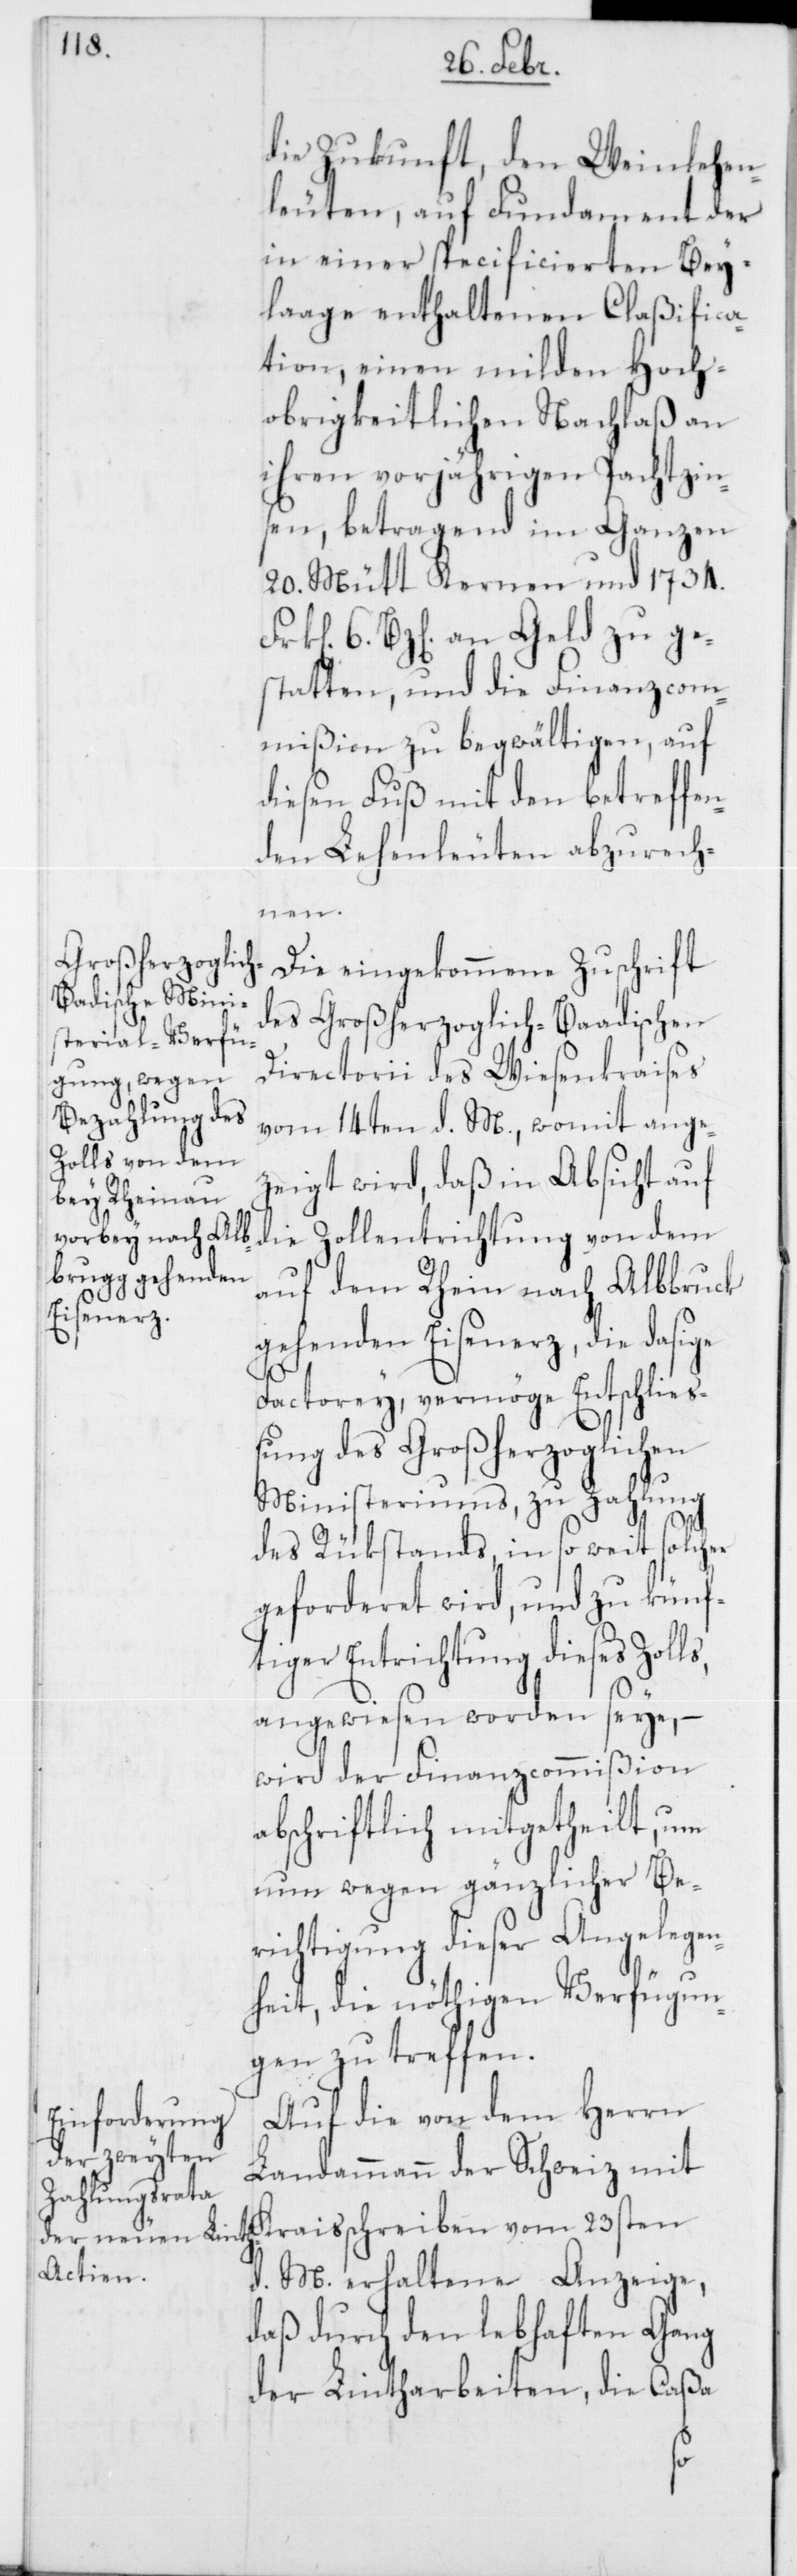
die Zukunft, den Weinlehen¬
leuten, auf Fundament der
in einer specificierten Bey¬
laage enthaltenen Claßifica¬
tion, einen milden Hoch¬
obrigkeitlichen Nachlaß an
ihren vorjährigen Pachtzin¬
sen, betragend im Ganzen
20. Mütt Kernen und 1734.
6. Bz[en]. an Geld zu ge¬
statten, und die Finanzcom¬
mißion zu begwältigen, auf
diesen Fuß mit den betreffen¬
den Lehenleuten abzurech¬
nen.
Die eingekommene Zuschrift
des Großherzoglich-Baadischen
Directorii des Wiesenkraises
vom 14ten d. M., womit ange¬
zeigt wird, daß in Absicht auf
die Zollentrichtung von dem
auf dem Rhein nach Albbruck
gehenden Eisenerz, die dasige
Factorey, vermöge Entschlie¬
ßung des Großherzoglichen
Ministeriums, zu Zahlung
des Rükstands, in so weit solcher
geforderet wird, und zu künf¬
tiger Entrichtung dieses Zoll¬
angewiesen worden seye, –
wird der Finanzcommißion
abschriftlich mitgetheilt, um
nun wegen gänzlicher Be¬
richtigung dieser Angelegen¬
heit, die nöthigen Verfügun¬
gen zu treffen.
Auf die von dem Herrn
Landammann der Schweiz mit
Kraisschreiben vom 23sten
d. M. erhaltene Anzeige,
daß durch den lebhaften Gang
der Lintharbeiten, die Caßa
s,